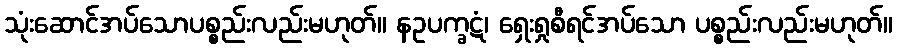
သုံးဆောင်အပ်သောပစ္စည်းလည်းမဟုတ်။ နဥပက္ခဋံ၊ ရှေးရှုစီရင်အပ်သော ပစ္စည်းလည်းမဟုတ်။